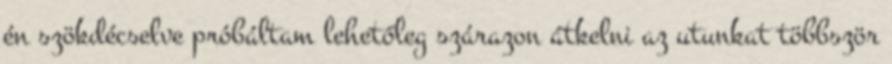
én szökdécselve próbáltam lehetőleg szárazon átkelni az utunkat többször